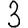
Digit: 3